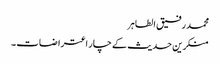
محمد رفیق الطاہر
منکرین حدیث کے چار اعتراضات ۔